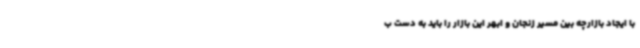
با ایجاد بازارچه بین مسیر زنجان و ابهر این بازار را باید به دست ب